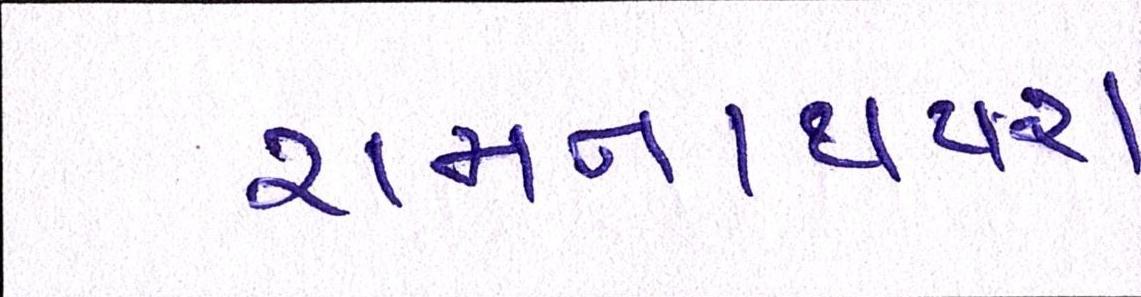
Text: રામનાથપરા